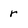
Character: r